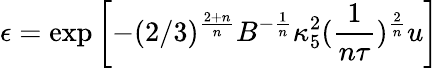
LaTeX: {\epsilon=\exp\left[-(2/3)^{\frac{2+n}{n}}B^{-\frac{1}{n}}\kappa_{5}^{2}(\frac{1}{n\tau})^{\frac{2}{n}}u\right]}